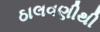
ઠાલવણીથી